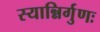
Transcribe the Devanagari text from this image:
स्यान्निर्गुणः